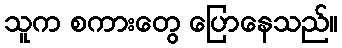
သူက စကားတွေ ပြောနေသည်။